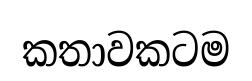
කතාවකටම